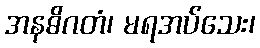
အနဓိဂတံ၊ မရအပ်သေး၊